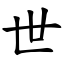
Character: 世